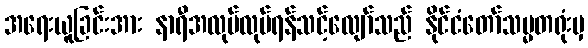
အရေးယူခြင်းအား နာရီအလုပ်လုပ်ရန်သင့်လျော်သည် နိုင်ငံတော်သမ္မတရုံးမှ